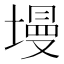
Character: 墁